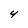
Character: 4